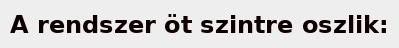
A rendszer öt szintre oszlik: